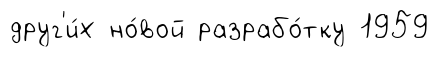
друг'и́х но́вой разрабо́тку 1959